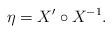
LaTeX: \begin{align*}\begin{gathered}\eta = X' \circ X^{-1}.\end{gathered}\end{align*}